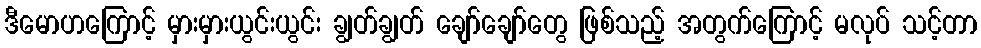
ဒီမောဟကြောင့် မှားမှားယွင်းယွင်း ချွတ်ချွတ် ချော်ချော်တွေ ဖြစ်သည့် အတွက်ကြောင့် မလုပ် သင့်တာ